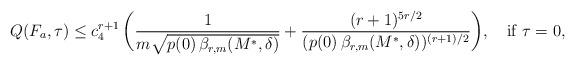
LaTeX: \begin{align*} Q(F_a, \tau)\le c_4^{r+1}\,\biggl(\frac{1}{m\sqrt{p(0)\,\beta_{r,m}(M^*, \delta)}}+\frac{(r+1)^{5r/2}}{(p(0)\,\beta_{r,m}(M^*,\delta))^{(r+1)/2}}\biggr), \quad\hbox{if }\tau=0, \end{align*}